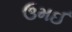
ઉમઈ